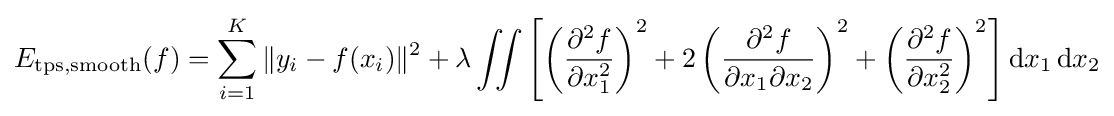
E_{\mathrm {tps} ,\mathrm {smooth} }(f)=\sum _{i=1}^{K}\|y_{i}-f(x_{i})\|^{2}+\lambda \iint \left[\left({\frac {\partial ^{2}f}{\partial x_{1}^{2}}}\right)^{2}+2\left({\frac {\partial ^{2}f}{\partial x_{1}\partial x_{2}}}\right)^{2}+\left({\frac {\partial ^{2}f}{\partial x_{2}^{2}}}\right)^{2}\right]{\textrm {d}}x_{1}\,{\textrm {d}}x_{2}